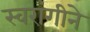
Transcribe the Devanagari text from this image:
स्वरांगीने